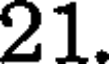
21.